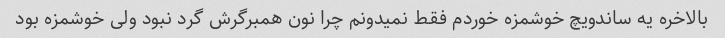
بالاخره یه ساندویچ خوشمزه خوردم فقط نمیدونم چرا نون همبرگرش گرد نبود ولی خوشمزه بود